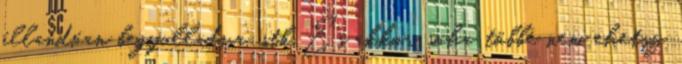
állandóan begyulladva, stb És akkor soha többé nem ehetsz